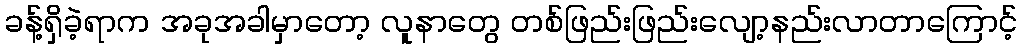
ခန့်ရှိခဲ့ရာက အခုအခါမှာတော့ လူနာတွေ တစ်ဖြည်းဖြည်းလျော့နည်းလာတာကြောင့်